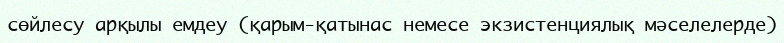
сөйлесу арқылы емдеу (қарым-қатынас немесе экзистенциялық мәселелерде)